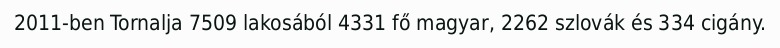
2011-ben Tornalja 7509 lakosából 4331 fő magyar, 2262 szlovák és 334 cigány.